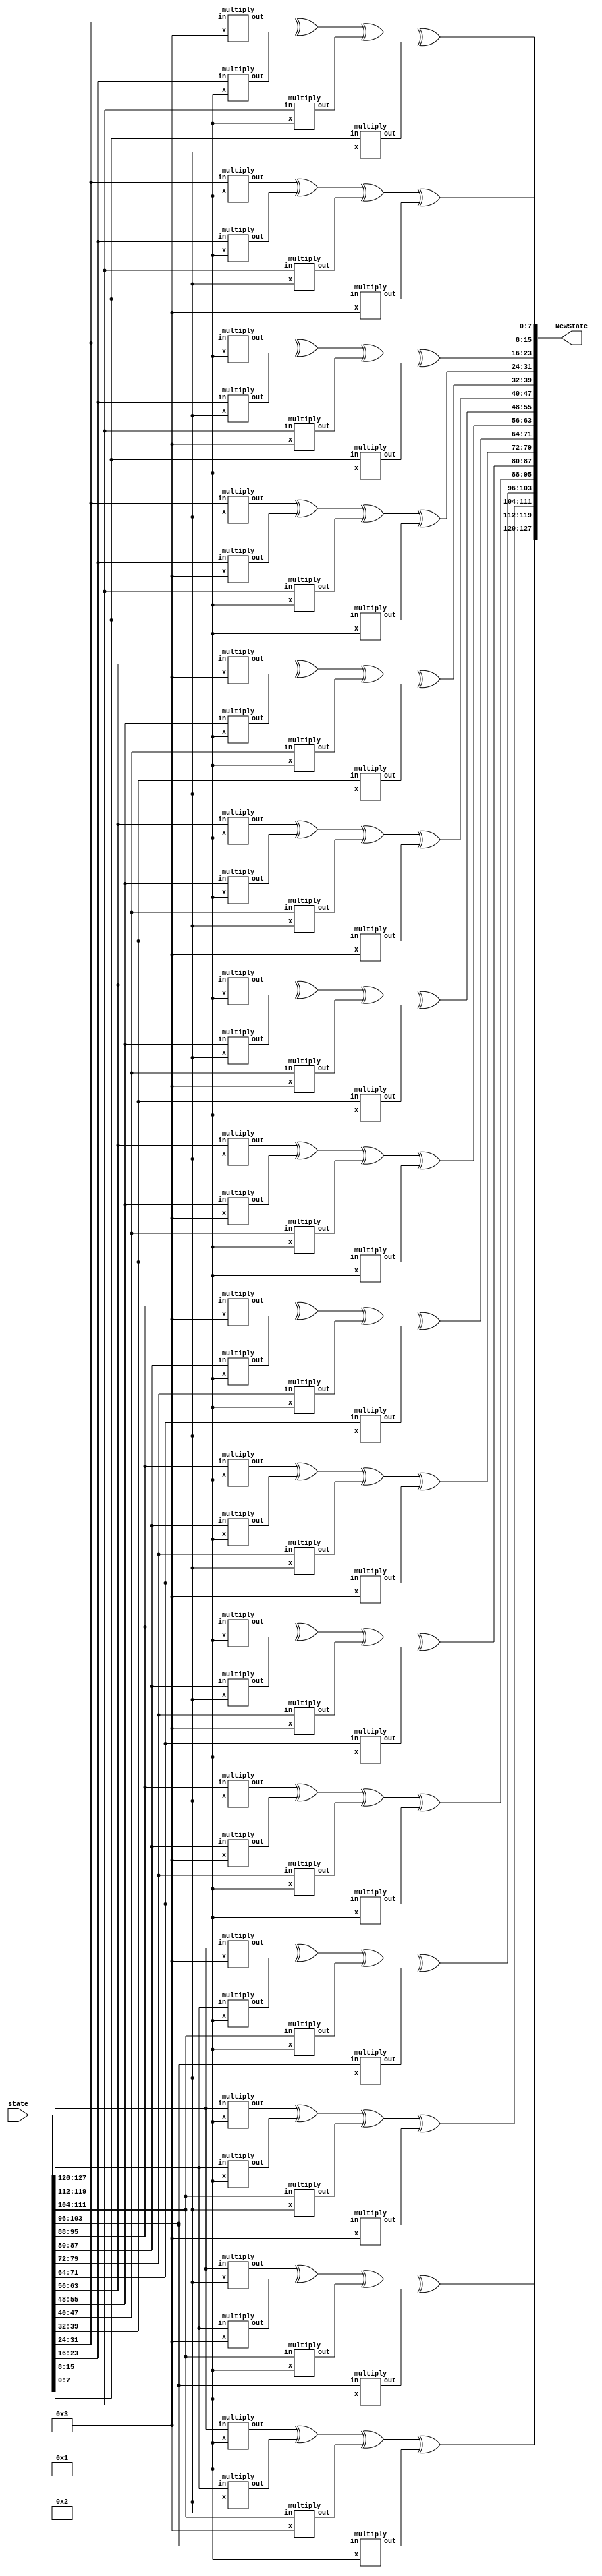


module MixColumns
(
input  [127:0] state,
output wire [127:0] NewState
);
/*
reg [31:0] c1;
reg [31:0] c2;
reg [31:0] c3;
reg [31:0] c4;
reg [31:0] o1;
reg [31:0] o2;
reg [31:0] o3;
reg [31:0] o4;
////////////////////////////////
//c1[31:24]=state[127:120]x2

o1[31:24]={state[127:120],0};
if(state[127]==1)
o1[31:24]=o1[31:24]^00011011;
else 
o1[31:24]=o1[31:24];
////////////////////////////////
//c1[23:16]=state[119:112]x3

o1[23:16]={state[119:112],0};
if(state[119]==1)
begin
o1[23:16]=o1[23:16]^00011011;
o1[23:16]=o1[23:16]^state[119:112];
end
else 
o1[23:16]=o1[23:16]^state[119:112];
//////////////////////////////////////
//c1[15:8]=state[111:104]x1
o1[15:8]=state[111:104];

//////////////////////////////////////
//c1[7:0]=state[103:96]x1
o1[7:0]=state[103:96];


NewState[127:120]=o1[31:24]^o1[23:16]^o1[15:8]^o1[7:0];

////////////////////////////////
//c2[31:24]=state[95:88]x1
o2[31:24]=state[95:88];

////////////////////////////////
//c2[23:16]=state[87:80]x2

o2[23:16]={state[87:80],0};
if(state[87]==1)
o2[23:16]=o2[23:16]^00011011;
else 
o2[23:16]=o2[23:16];
////////////////////////////////
//c2[15:8]=state[79:72]x3

o2[15:8]={state[79:72],0};
if(state[79]==1)
begin
o2[15:8]=o2[15:8]^00011011;
o2[15:8]=o2[15:8]^state[79:72];
end
else 
o2[15:8]=o2[15:8]^state[79:72];

//////////////////////////////////////
//c2[7:0]=state[71:64]x1
o2[7:0]=state[71:64];

NewState[119:112]=o2[31:24]^o2[23:16]^o2[15:8]^o2[7:0]*/

reg a=4'b0001;
reg b=4'b0010;
reg c=4'b0011;

wire [127:0] out1;
wire [127:0] out2;
wire [127:0] out3;
wire [127:0] out4;

multiply e1 (state[127:120],4'b0010,out1[127:120]);
multiply e2 (state[119:112],4'b0011,out1[119:112]);
multiply e3 (state[111:104],4'b0001,out1[111:104]);
multiply e4 (state[103:96], 4'b0001,out1[103:96]);
assign NewState[127:120]=out1[127:120]^out1[119:112]^out1[111:104]^out1[103:96];  //e11

multiply e5 (state[127:120],4'b0001,out1[95:88]);
multiply e6 (state[119:112],4'b0010,out1[87:80] );
multiply e7 (state[111:104],4'b0011,out1[79:72] );
multiply e8 (state[103:96], 4'b0001,out1[71:64]);
assign NewState[119:112]=out1[95:88]^out1[87:80]^out1[79:72]^out1[71:64];  //e21

multiply e9 (state[127:120], 4'b0001,out1[63:56]);
multiply e10 (state[119:112],4'b0001,out1[55:48]);
multiply e11 (state[111:104],4'b0010,out1[47:40]);
multiply e12 (state[103:96], 4'b0011,out1[39:32]);
assign NewState[111:104]=out1[63:56]^out1[55:48]^out1[47:40]^out1[39:32];  //e31

multiply e13 (state[127:120],4'b0011,out1[31:24]);
multiply e14 (state[119:112],4'b0001,out1[23:16]);
multiply e15 (state[111:104],4'b0001,out1[15:8]);
multiply e16 (state[103:96], 4'b0010,out1[7:0]);
assign NewState[103:96]=out1[31:24]^out1[23:16]^out1[15:8]^out1[7:0];  //e41
///////////////////////////////////////////////////////////////////////
multiply e17 (state[95:88],4'b0010,out2[127:120]);
multiply e18 (state[87:80],4'b0011,out2[119:112]);
multiply e19 (state[79:72],4'b0001,out2[111:104]);
multiply e20 (state[71:64],4'b0001,out2[103:96]);///////
assign NewState[95:88]=out2[127:120]^out2[119:112]^out2[111:104]^out2[103:96];  //e12

multiply e21 (state[95:88],4'b0001,out2[95:88]);
multiply e22 (state[87:80],4'b0010,out2[87:80] );
multiply e23 (state[79:72],4'b0011,out2[79:72] );
multiply e24 (state[71:64],4'b0001,out2[71:64] );//////
assign NewState[87:80]=out2[95:88]^out2[87:80]^out2[79:72]^out2[71:64];  //e22

multiply e25 (state[95:88],4'b0001,out2[63:56]);
multiply e26 (state[87:80],4'b0001,out2[55:48]);
multiply e27 (state[79:72],4'b0010,out2[47:40]);
multiply e28 (state[71:64],4'b0011,out2[39:32]);///////
assign NewState[79:72]=out2[63:56]^out2[55:48]^out2[47:40]^out2[39:32];  //e32

multiply e29 (state[95:88],4'b0011,out2[31:24]);
multiply e30 (state[87:80],4'b0001,out2[23:16]);
multiply e31 (state[79:72],4'b0001,out2[15:8]);
multiply e32 (state[71:64],4'b0010,out2[7:0]);////////
assign NewState[71:64]=out2[31:24]^out2[23:16]^out2[15:8]^out2[7:0];  //e42
///////////////////////////////////////////////////////////////////////////
multiply e33 (state[63:56],4'b0010,out3[127:120]);
multiply e34 (state[55:48],4'b0011,out3[119:112]);
multiply e35 (state[47:40],4'b0001,out3[111:104]);
multiply e36 (state[39:32],4'b0001,out3[103:96]);
assign NewState[63:56]=out3[127:120]^out3[119:112]^out3[111:104]^out3[103:96];  //e13

multiply e37 (state[63:56],4'b0001,out3[95:88]);
multiply e38 (state[55:48],4'b0010,out3[87:80] );
multiply e39 (state[47:40],4'b0011,out3[79:72] );
multiply e40 (state[39:32],4'b0001,out3[71:64] );
assign NewState[55:48]=out3[95:88]^out3[87:80]^out3[79:72]^out3[71:64];  //e23

multiply e41 (state[63:56],4'b0001,out3[63:56]);
multiply e42 (state[55:48],4'b0001,out3[55:48]);
multiply e43 (state[47:40],4'b0010,out3[47:40]);
multiply e44 (state[39:32],4'b0011,out3[39:32]);
assign NewState[47:40]=out3[63:56]^out3[55:48]^out3[47:40]^out3[39:32];  //e33

multiply e45 (state[63:56],4'b0011,out3[31:24]);
multiply e46 (state[55:48],4'b0001,out3[23:16]);
multiply e47 (state[47:40],4'b0001,out3[15:8] );
multiply e48 (state[39:32],4'b0010,out3[7:0]  );
assign NewState[39:32]=out3[31:24]^out3[23:16]^out3[15:8]^out3[7:0];  //e43
/////////////////////////////////////////////////////////////////////////
multiply e49 (state[31:24],4'b0010,out4[127:120]);
multiply e50 (state[23:16],4'b0011,out4[119:112]);
multiply e51 (state[15:8] ,4'b0001,out4[111:104]);
multiply e52 (state[7:0]  ,4'b0001,out4[103:96]);
assign NewState[31:24]=out4[127:120]^out4[119:112]^out4[111:104]^out4[103:96];  //e14

multiply e53 (state[31:24],4'b0001,out4[95:88]);
multiply e54 (state[23:16],4'b0010,out4[87:80] );
multiply e55 (state[15:8] ,4'b0011,out4[79:72] ); 
multiply e56 (state[7:0]  ,4'b0001,out4[71:64] );
assign NewState[23:16]=out4[95:88]^out4[87:80]^out4[79:72]^out4[71:64];  //e24

multiply e57 (state[31:24],4'b0001,out4[63:56]);
multiply e58 (state[23:16],4'b0001,out4[55:48]);
multiply e59 (state[15:8] ,4'b0010,out4[47:40]);
multiply e60 (state[7:0]  ,4'b0011,out4[39:32]);
assign NewState[15:8]=out4[63:56]^out4[55:48]^out4[47:40]^out4[39:32];  //e34

multiply e61 (state[31:24],4'b0011,out4[31:24]);
multiply e62 (state[23:16],4'b0001,out4[23:16]);
multiply e63 (state[15:8] ,4'b0001,out4[15:8]);
multiply e64 (state[7:0]  ,4'b0010,out4[7:0]);
assign NewState[7:0]=out4[31:24]^out4[23:16]^out4[15:8]^out4[7:0];  //e44*/
/////////////////////////////////////////////////////////////////////////



endmodule
module multiply
(input [7:0] in,
input [3:0]x,
output reg [7:0] out
);

always@(in,x)
begin
if (x==4'b0010)
begin
out[7:0]={in[6:0],1'b0};
if(in[7]==1'b1)
out=out^8'b00011011;
else 
out=out;
end
else if (x==4'b0011)
begin
out[7:0]={in[6:0],1'b0};
if(in[7]==1'b1)
begin
out=out^8'b00011011;
out=out^in;
end
else 
out=out^in;
end
else if (x==4'b0001)
out=in;
end
endmodule